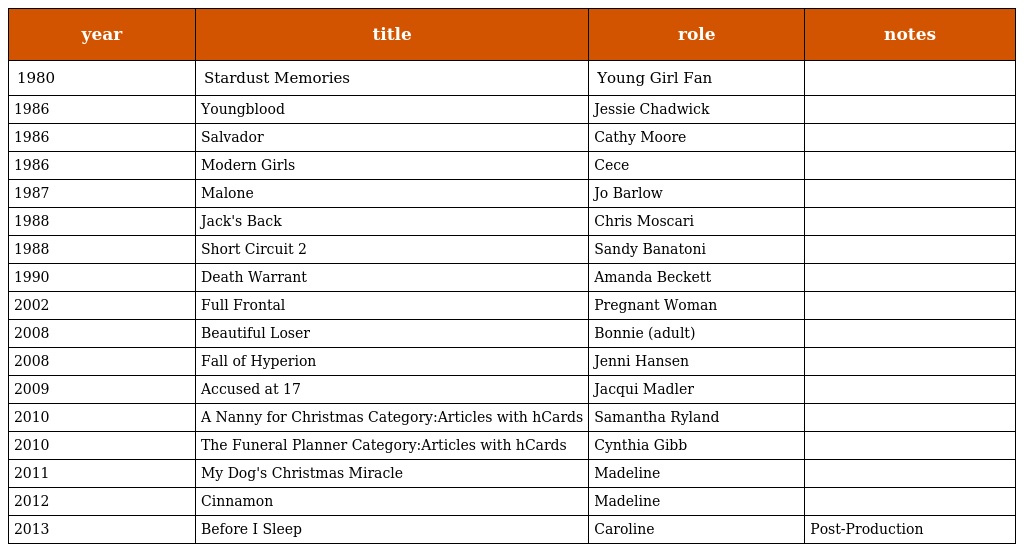
| year | title | role | notes |
 | --- | --- | --- | --- |
 | 1980 | Stardust Memories | Young Girl Fan |  |
 | 1986 | Youngblood | Jessie Chadwick |  |
 | 1986 | Salvador | Cathy Moore |  |
 | 1986 | Modern Girls | Cece |  |
 | 1987 | Malone | Jo Barlow |  |
 | 1988 | Jack's Back | Chris Moscari |  |
 | 1988 | Short Circuit 2 | Sandy Banatoni |  |
 | 1990 | Death Warrant | Amanda Beckett |  |
 | 2002 | Full Frontal | Pregnant Woman |  |
 | 2008 | Beautiful Loser | Bonnie (adult) |  |
 | 2008 | Fall of Hyperion | Jenni Hansen |  |
 | 2009 | Accused at 17 | Jacqui Madler |  |
 | 2010 | A Nanny for Christmas Category:Articles with hCards | Samantha Ryland |  |
 | 2010 | The Funeral Planner Category:Articles with hCards | Cynthia Gibb |  |
 | 2011 | My Dog's Christmas Miracle | Madeline |  |
 | 2012 | Cinnamon | Madeline |  |
 | 2013 | Before I Sleep | Caroline | Post-Production |